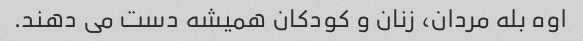
اوه بله مردان، زنان و کودکان همیشه دست می دهند.